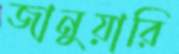
জানুয়ারি